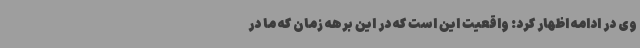
وی در ادامه اظهار کرد: واقعیت این است که در این برهه زمان که ما در